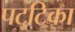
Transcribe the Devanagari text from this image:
पट्‌टिका